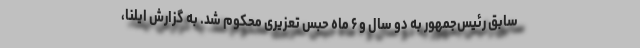
سابق رئیس‌جمهور به دو سال و ۶ ماه حبس تعزیری محکوم شد. به گزارش ایلنا،